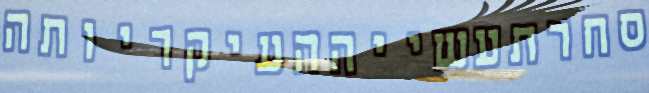
סחרתעשייההעיקריותה